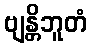
ဗျန္တိဘူတံ